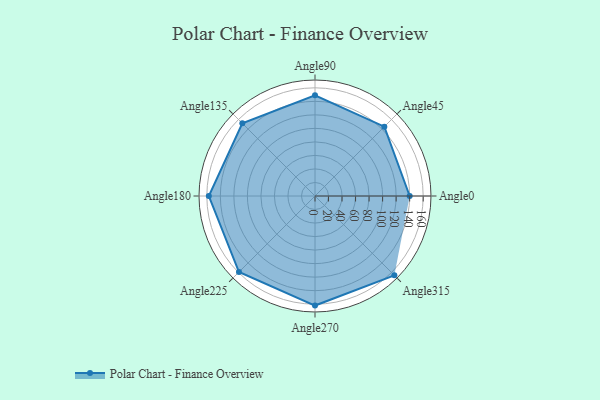
{"axis": {"x": "Angle", "y": "Radius"}, "legend": [""], "data": [{"x": "Angle0", "y": 140.0, "type": ""}, {"x": "Angle45", "y": 145.0, "type": ""}, {"x": "Angle90", "y": 149.0, "type": ""}, {"x": "Angle135", "y": 152.0, "type": ""}, {"x": "Angle180", "y": 157.0, "type": ""}, {"x": "Angle225", "y": 159.0, "type": ""}, {"x": "Angle270", "y": 162.0, "type": ""}, {"x": "Angle315", "y": 166.0, "type": ""}]}